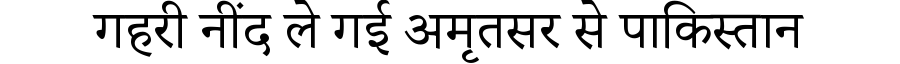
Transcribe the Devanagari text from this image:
गहरी नींद ले गई अमृतसर से पाकिस्तान